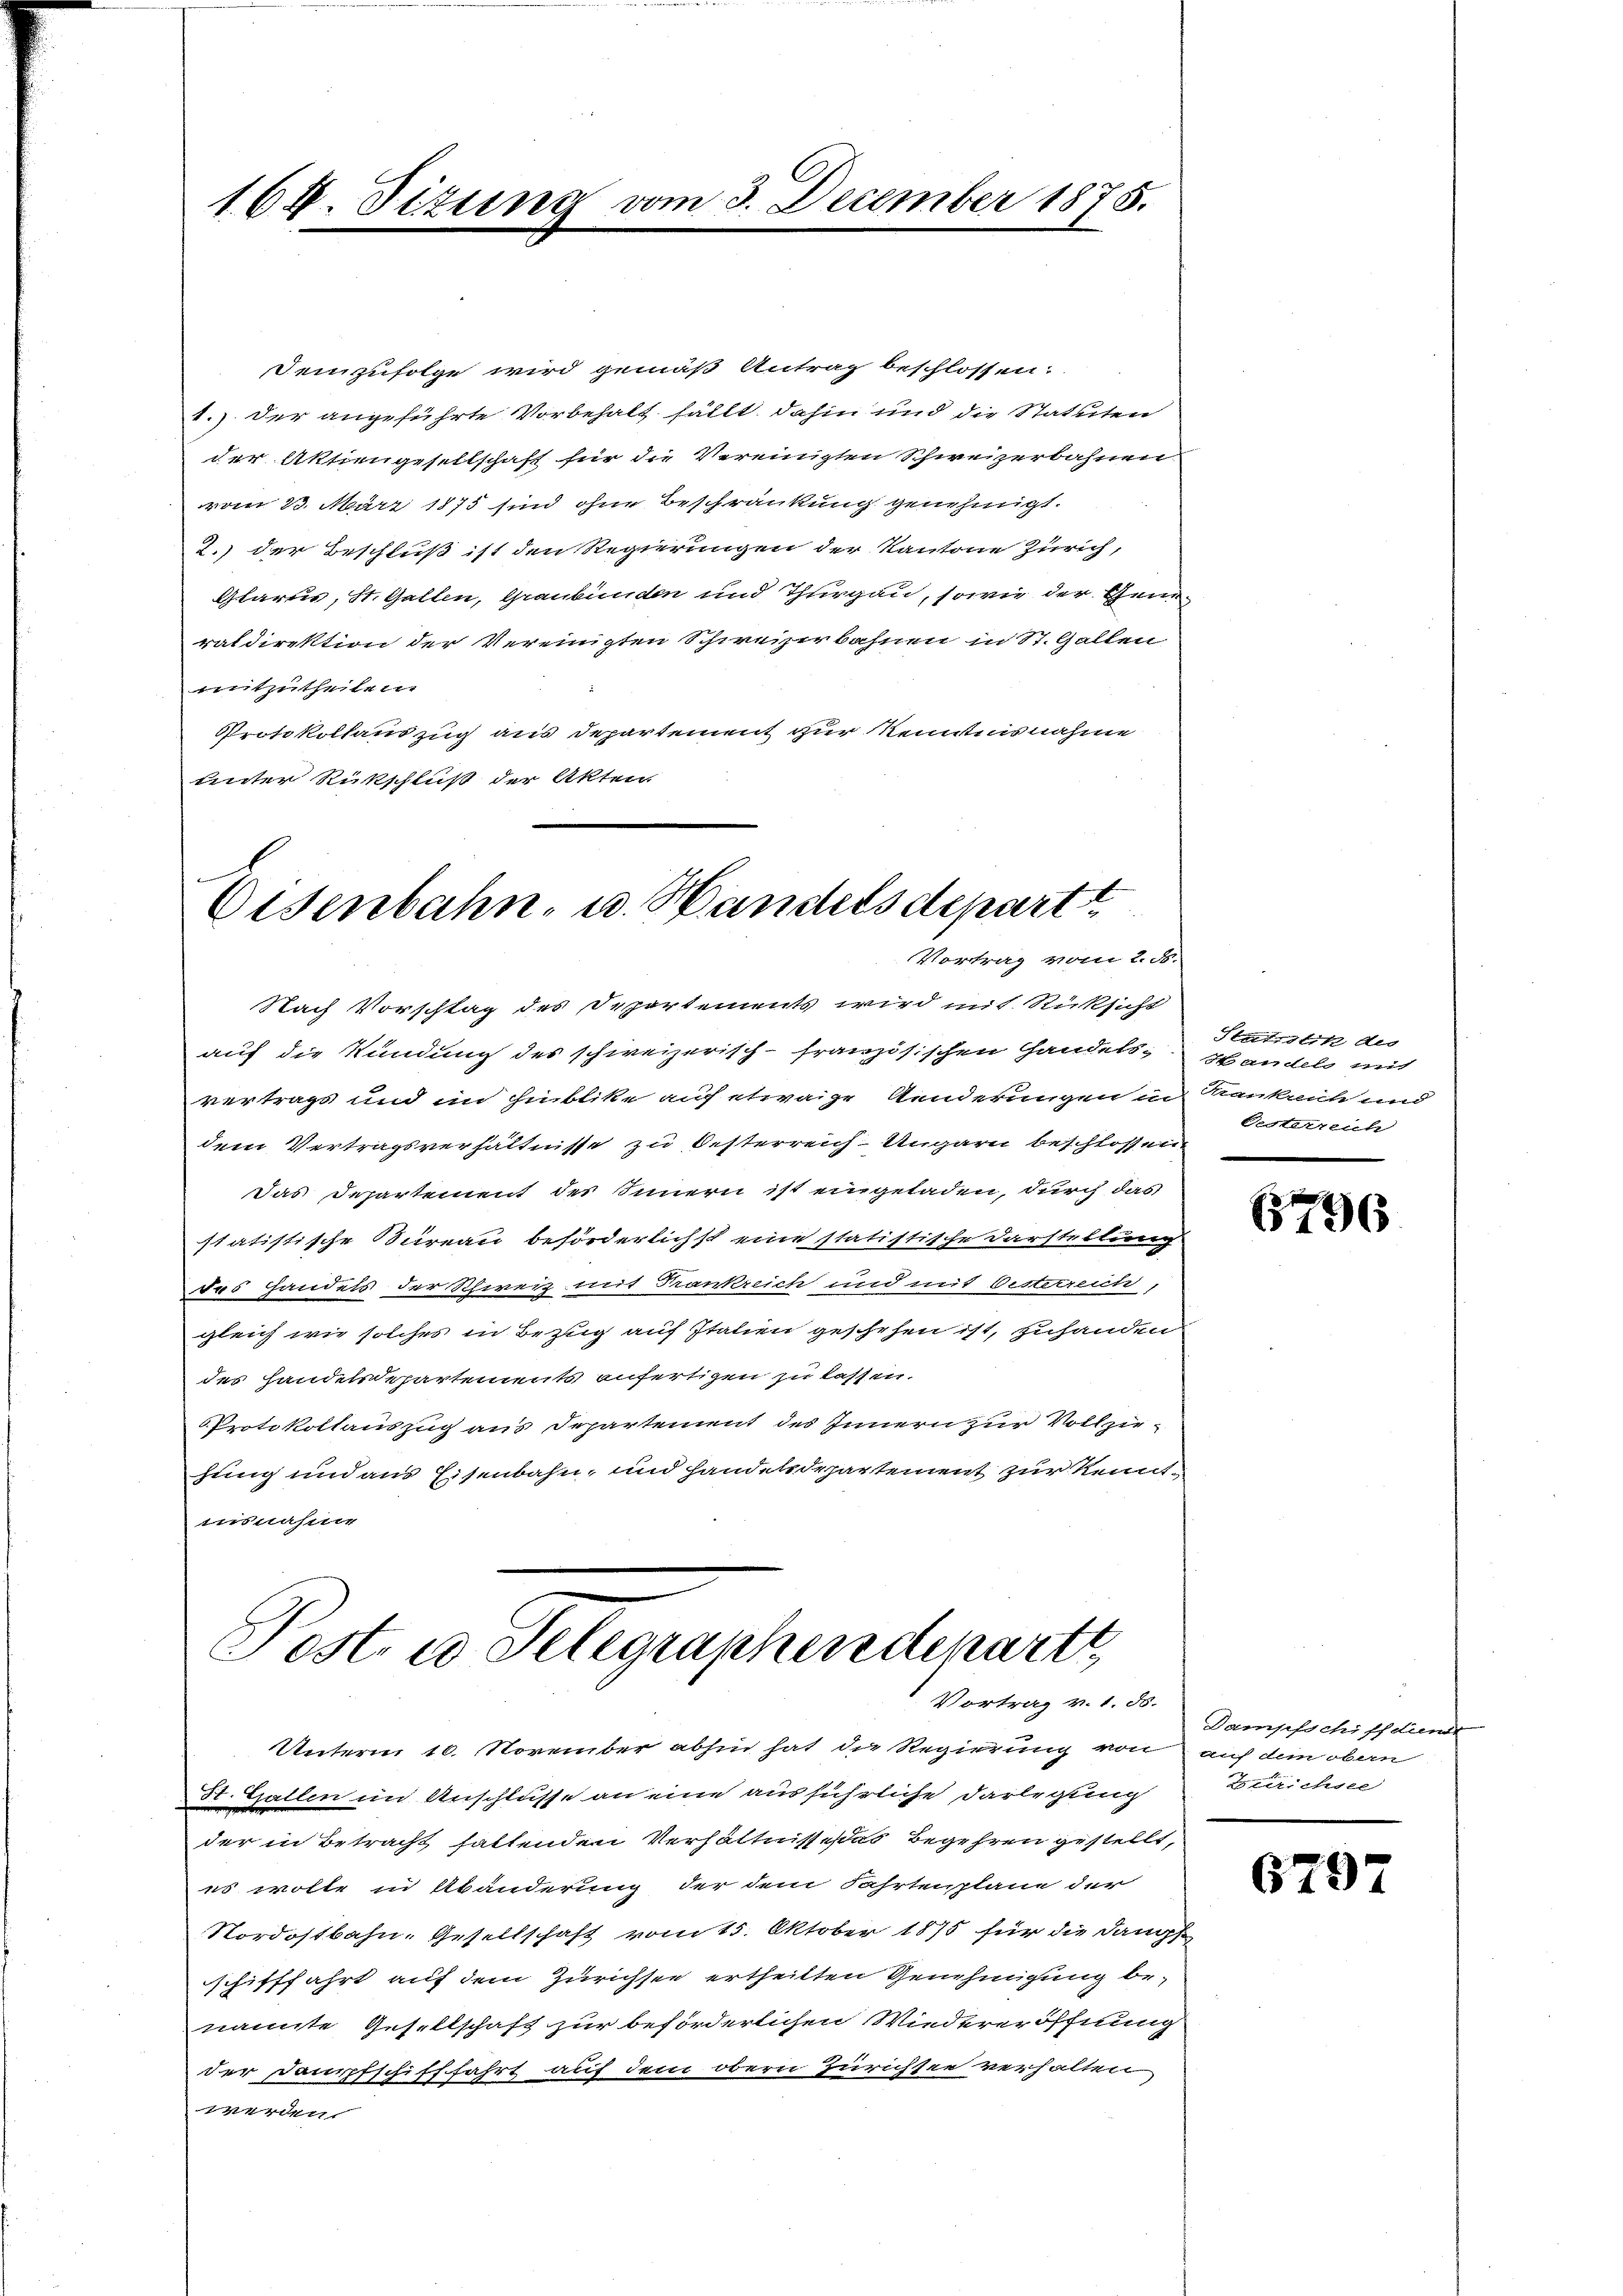
164. Sizung vom 3. December 1875.

Jeinzufolge wird gemäß Antrag beschlossen:
1.) der angeführte Vorbehalt fällt, dahin und die Statuten
der Aktiengesellschaft für die Vereinigten Schweizerbahnen.
vom 23. März 1875 sind ohne Beschränkung genehmigt.
2.) der Beschluß ist den Regierungen der Kantone Zürich,
Glarus, St. Gallen, Graubünden und Thurgau, sowie der Generaldirektion der Vereinigten Schweizerbahnen in St. Gallen
mmitzutheilen.
Protokollauszug aus Departement zur Kenntnisnahme
Unter Rückschluß der Akten.

Eisenbahn, u. Handelsdepartt
Vortrag vom 2. d.

das Departement des Innern ist eingeladen, durch das
statistische Bureau beförderlichst eine statistische Darstellung
das Handels der Schweiz mit Frankreich und mit Oesterreich,
gleich wie solches in Bezug auf Italien geschehen ist, zuhanden
des Handelsdepartements anfertigen zu lassen.
Protokollauszug aus Departement des Innern zur Vollziehung und aus Eisenbahn, und handelsdepartement zur Kenntrblasster

Nach Vorschlag des Departements wird mit Rücksicht
auf die Kündung des schweizerisch-französischen Handels-
vertrags und in Hublike auf etwaige Aenderungen in
dem Vertragsverhältnisse zu Oesterreich-Ungarn beschlossen,

Post- u Selegraphen denartt
Vortrag v. 1. ds.

us wolle in Abänderung der dem Fahrtenplane der
Nordostbahn- Gesellschaft vom 15. Oktober 1875 für die Dangs
schifffahrt auf dem Zürichste ertheilten Genehmigung benannte Gesellschaft zur beförderlichen Wiedereröffnung
der Dampfschifffahrt auf dem obern Zürichsee verhalten
verden

Unterm 10. November abhin hat die Regierung von
St. Gallen im Anschlusse an eine ausführliche Darlegung
der in Betracht hattenden Verhältnisse das Begehren gestellt,

Statistik des
Handels mit
Krankreich und
Gesterreich

6796

Dampfschiff dundt
auf dem obern
Berrichsee

6797